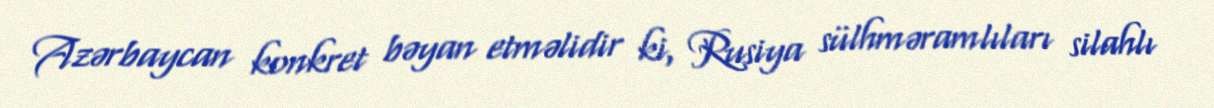
Azərbaycan konkret bəyan etməlidir ki, Rusiya sülhməramlıları silahlı